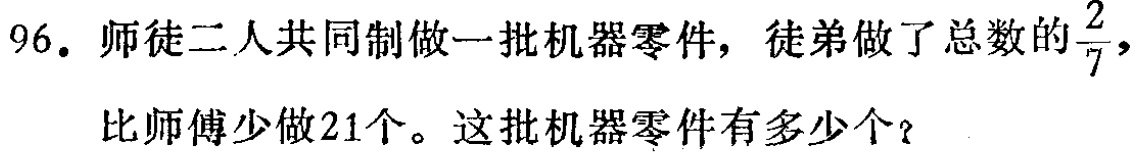
96. 师徒二人共同制做一批机器零件，徒弟做了总数的$\frac{2}{7}$，比师傅少做21个。这批机器零件有多少个？